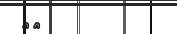
٢٣